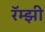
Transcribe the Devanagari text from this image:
रॅम्झी